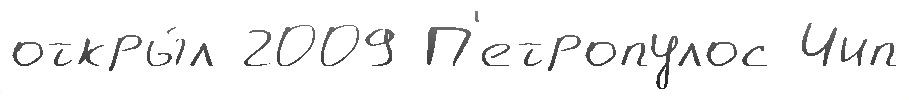
откры́л 2009 П'етропулос Чип